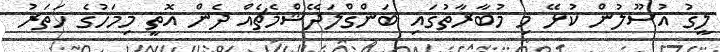
ލީގު އުސޫލުން ކުޅޭ މި މުބާރާތުގައި ބަންގްލަދޭޝްމެޗެއް ދެން އޮތީ މިމަހުގެ ހަތަރު